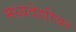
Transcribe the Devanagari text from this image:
मध्यदेशीया